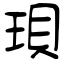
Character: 珼